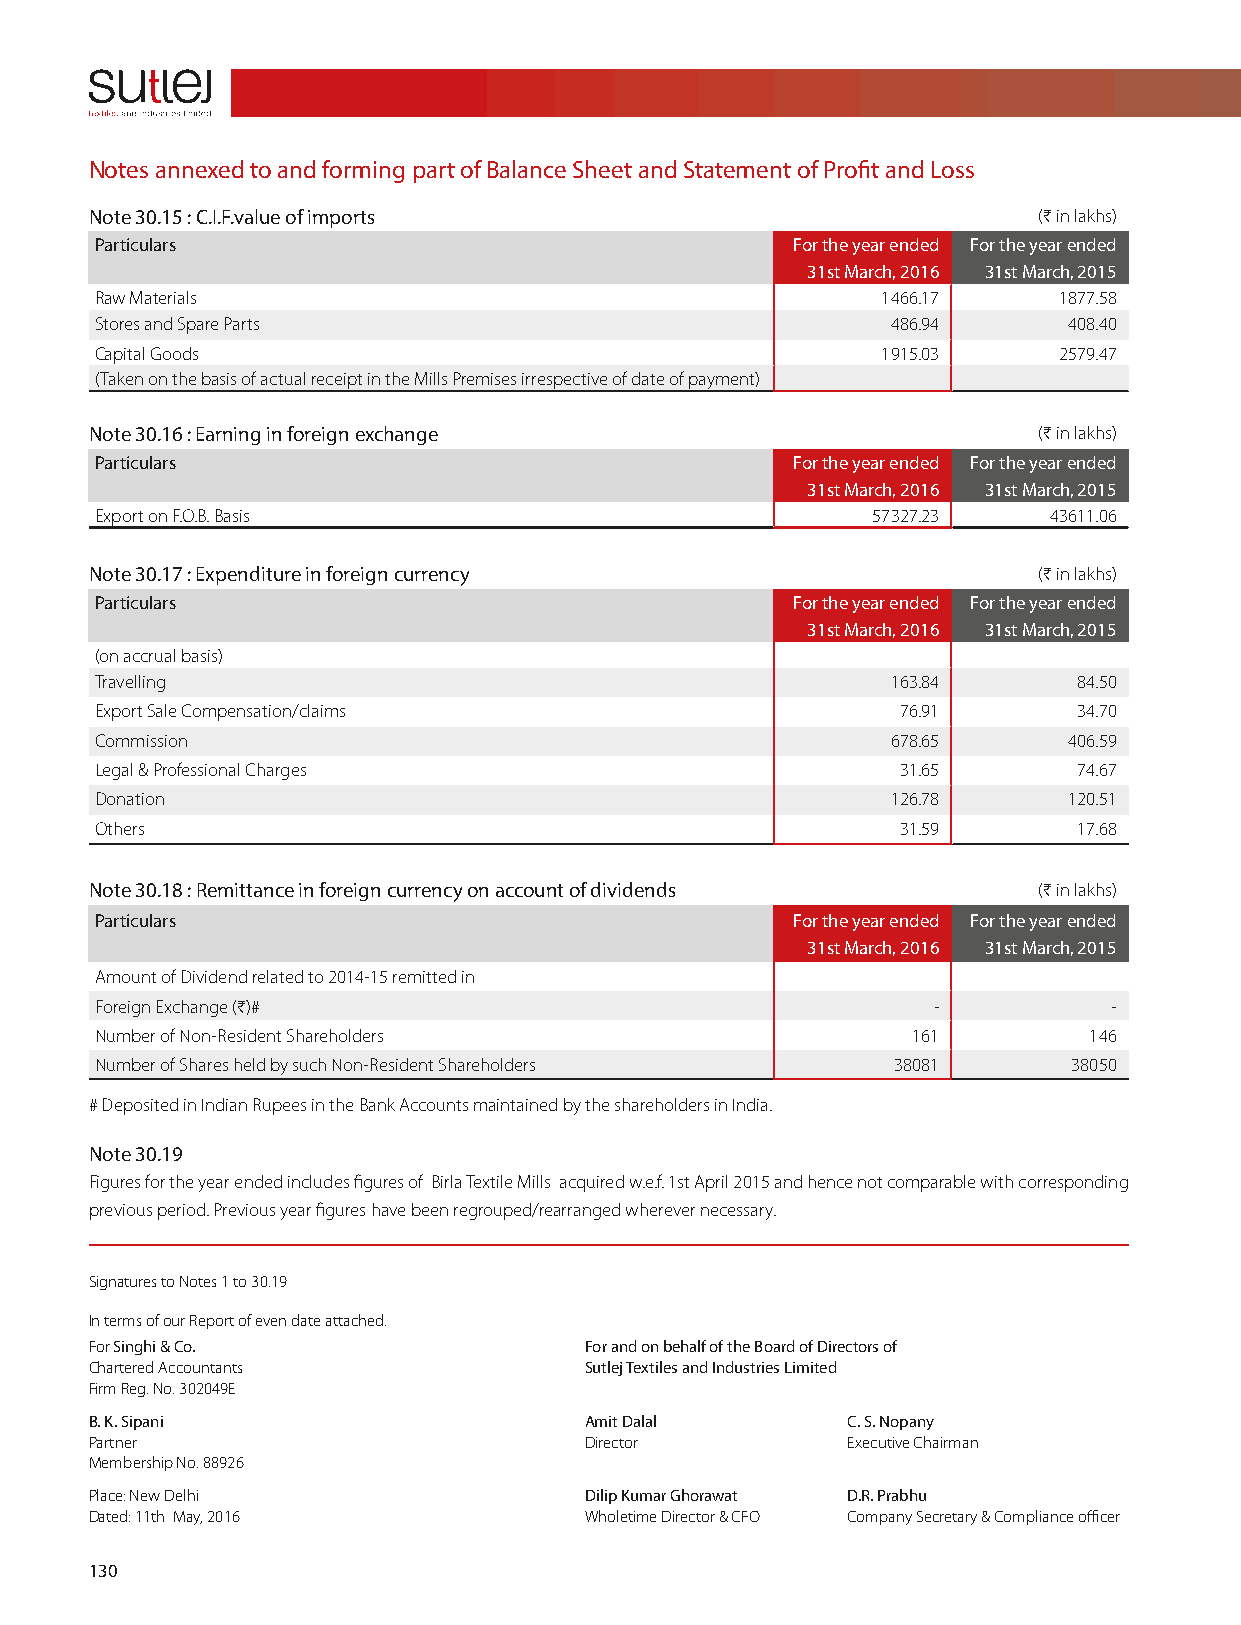
Notes annexed to and forming part of Balance Sheet and Statement of Profit and Loss
 Note 30.15 : C.I.F.value of imports                            (H in lakhs)
 Particulars                                   For the year ended For the year ended
 31st March, 2016 31st March, 2015
 Raw Materials                                       1466.17     1877.58
 Stores and Spare Parts                               486.94      408.40
 Capital Goods                                       1915.03     2579.47
 (Taken on the basis of actual receipt in the Mills Premises irrespective of date of payment)
 Note 30.16 : Earning in foreign exchange                       (H in lakhs)
 Particulars                                   For the year ended For the year ended
 31st March, 2016 31st March, 2015
 Export on F.O.B. Basis                              57327.23   43611.06
 Note 30.17 : Expenditure in foreign currency                   (H in lakhs)
 Particulars                                   For the year ended For the year ended
 31st March, 2016 31st March, 2015
 (on accrual basis)
 Travelling                                           163.84      84.50
 Export Sale Compensation/claims                       76.91      34.70
 Commission                                           678.65      406.59
 Legal & Professional Charges                          31.65      74.67
 Donation                                             126.78      120.51
 Others                                                31.59      17.68
 Note 30.18 : Remittance in foreign currency on account of dividends (H in lakhs)
 Particulars                                   For the year ended For the year ended
 31st March, 2016 31st March, 2015
 Amount of Dividend related to 2014-15 remitted in
 Foreign Exchange (H)#                                   -           -
 Number of Non-Resident Shareholders                   161         146
 Number of Shares held by such Non-Resident Shareholders 38081    38050
 # Deposited in Indian Rupees in the Bank Accounts maintained by the shareholders in India.
 Note 30.19
 Figures for the year ended includes figures of Birla Textile Mills acquired w.e.f. 1st April 2015 and hence not comparable with corresponding
 previous period. Previous year figures have been regrouped/rearranged wherever necessary.
 Signatures to Notes 1 to 30.19
 In terms of our Report of even date attached.
 For Singhi & Co.                 For and on behalf of the Board of Directors of
 Chartered Accountants            Sutlej Textiles and Industries Limited
 Firm Reg. No. 302049E
 B. K. Sipani                     Amit Dalal       C. S. Nopany
 Partner                          Director         Executive Chairman
 Membership No. 88926
 Place: New Delhi                 Dilip Kumar Ghorawat D.R. Prabhu
 Dated: 11th May, 2016            Wholetime Director & CFO Company Secretary & Compliance officer
 130